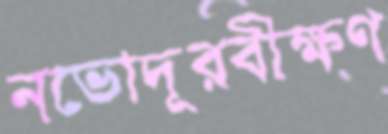
নভোদূরবীক্ষণ